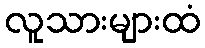
လူသားများထံ